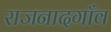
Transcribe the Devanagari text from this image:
राजनादगाँव